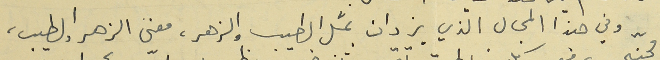
وفي هذا المجال الذّي يزدان بمثل الطيب والزهر، معنى الزهر والطيب